Source: Handwritten
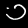
Digit: ၁ (1)